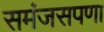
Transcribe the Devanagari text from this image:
समंजसपणा